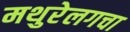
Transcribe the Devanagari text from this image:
मथुरेलगचा